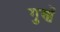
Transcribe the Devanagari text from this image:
गुणें